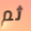
ثم